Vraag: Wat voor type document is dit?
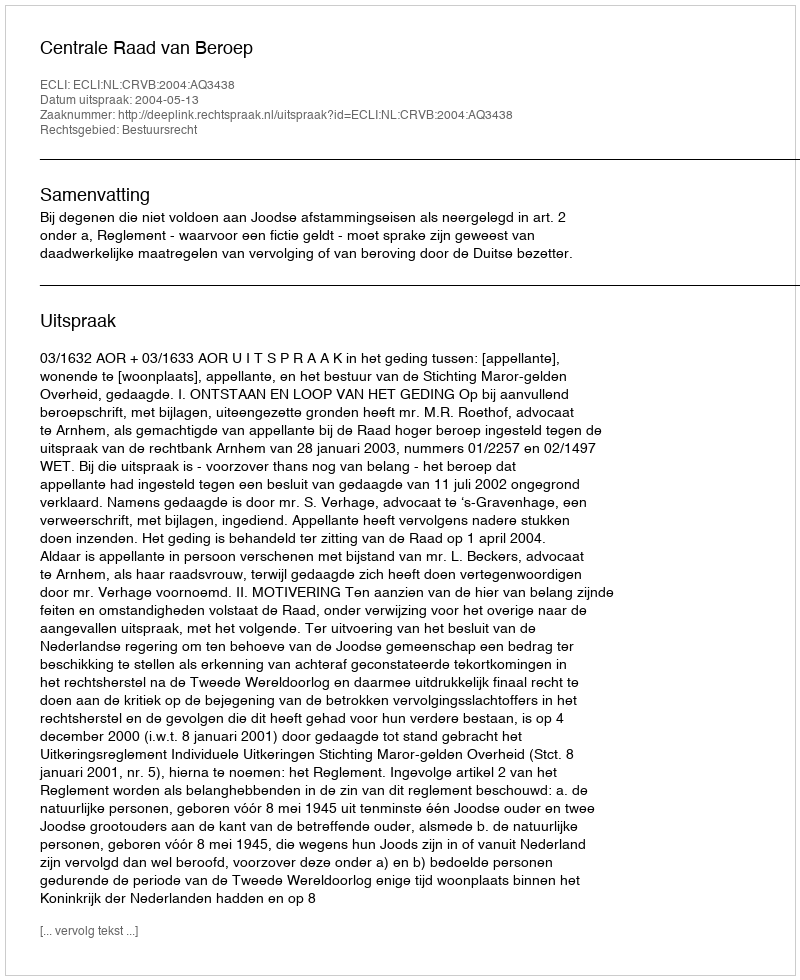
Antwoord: Uitspraak